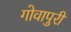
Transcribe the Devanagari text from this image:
गोवापुरी